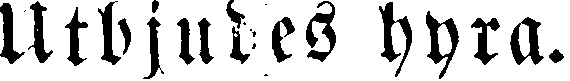
Utbjudes hyra.